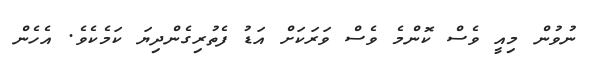
ނުވުން މިއީ ވެސް ކޮންމެ ވެސް ވަރަކަށް އަޑު ފެތުރިގެންދިޔަ ކަމެކެވެ. އެހެން